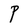
Character: P